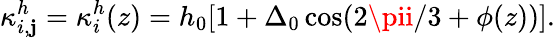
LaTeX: \kappa_{i,\mathbf{j}}^{h}=\kappa_{i}^{h}(z)=h_{0}[1+\Delta_{0}\cos(2\pii/3+\phi(z))].